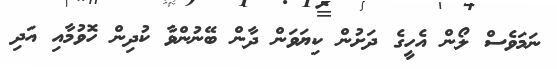
ނަމަވެސް ލޯން އެހީގެ ދަށުން ކިޔަވަން ދާން ބޭނުންވާ ކުދިން ހޮވުމާއި އަދި